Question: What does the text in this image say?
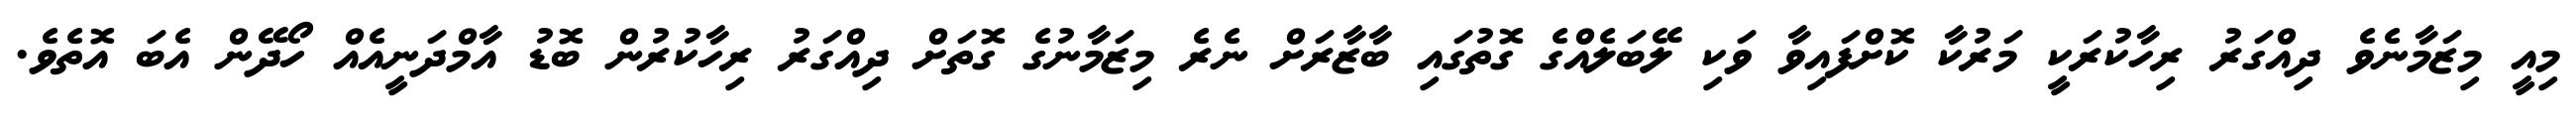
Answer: މިއީ މިޒަމާނެވެ ދިއްގަރު ރިހާކުރަކީ މަރުކާ ކޮށްފައިވާ ވަކި ލޭބަލެއްގެ ގޮތުގައި ބާޒާރަށް ނެރެ މިޒަމާނުގެ ގޮތަށް ދިއްގަރު ރިހާކުރުން ބޮޑު އާމްދަނީއެއް ހޯދޭން އެބަ އޮތެވެ.